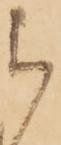
被